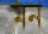
মন